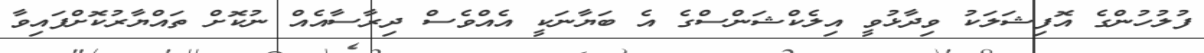
ފުލުހުންގެ އޮފިޝަލަކު ވިދާޅުވީ އިލެކްޝަންސްގެ އެ ބަޔާނަކީ އެއްވެސް ދިރާސާއެއް ނުކޮށް ތައްޔާރުކޮށްފައިވާ